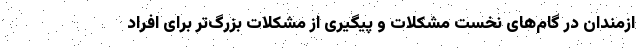
ازمندان در گام‌های نخست مشکلات و پیگیری از مشکلات بزرگ‌تر برای افراد